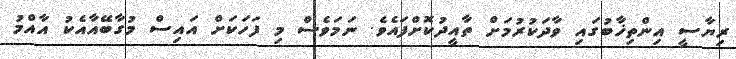
ރިޔާސީ އިންތިޚާބުގައި ވާދަކުރުމަށް ތާއީދުކޮށްފައެވެ. ނަމަވެސް މި ފަހަކަށް އައިސް މުގާބޭއާއެކު އާއްމު